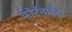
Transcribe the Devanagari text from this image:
फोर्टनाईट